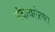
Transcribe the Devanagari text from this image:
मंदावलेल्या